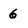
Character: 6